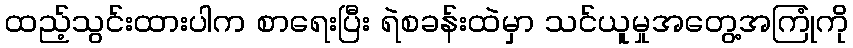
ထည့်သွင်းထားပါက စာရေးပြီး ရဲစခန်းထဲမှာ သင်ယူမှုအတွေ့အကြုံကို